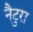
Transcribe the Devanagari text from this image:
नैटुरा